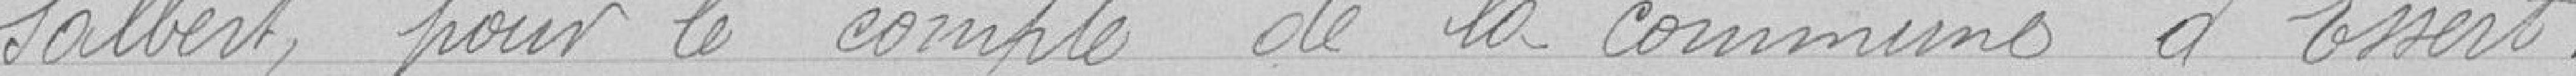
Salbert, pour le compte de la commune d'Essert.